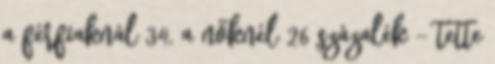
a férfiaknál 34, a nőknél 26 százalék - tette